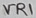
Text: VR1